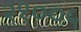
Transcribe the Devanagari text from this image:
२१००५